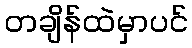
တချိန်ထဲမှာပင်